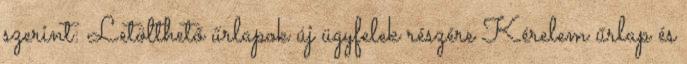
szerint: Letölthető űrlapok új ügyfelek részére Kérelem űrlap és